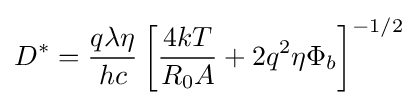
D^{*}={\frac {q\lambda \eta }{hc}}\left[{\frac {4kT}{R_{0}A}}+2q^{2}\eta \Phi _{b}\right]^{-1/2}